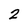
Character: 2